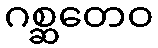
ဂစ္ဆတေဝ